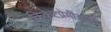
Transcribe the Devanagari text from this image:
क्रिकेटप्रेमींसाठी